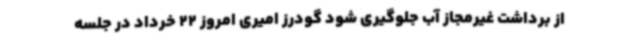
از برداشت غیرمجاز آب جلوگیری شود گودرز امیری امروز 22 خرداد در جلسه